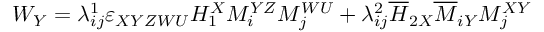
W _ { Y } = \lambda _ { i j } ^ { 1 } \varepsilon _ { X Y Z W U } H _ { 1 } ^ { X } M _ { i } ^ { Y Z } M _ { j } ^ { W U } + \lambda _ { i j } ^ { 2 } \overline { { { H } } } _ { 2 X } \overline { { { M } } } _ { i Y } M _ { j } ^ { X Y }